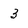
Character: 3